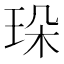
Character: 𤤸